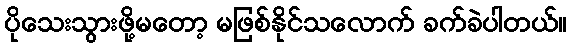
ပိုသေးသွားဖို့မတော့ မဖြစ်နိုင်သလောက် ခက်ခဲပါတယ်။